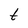
Character: t